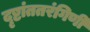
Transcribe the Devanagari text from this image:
दृष्टांततरंगिणी